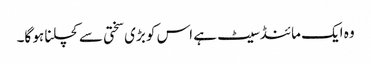
وہ ایک مائنڈسیٹ ہے اس کو بڑی سختی سے کچلنا ہو گا۔